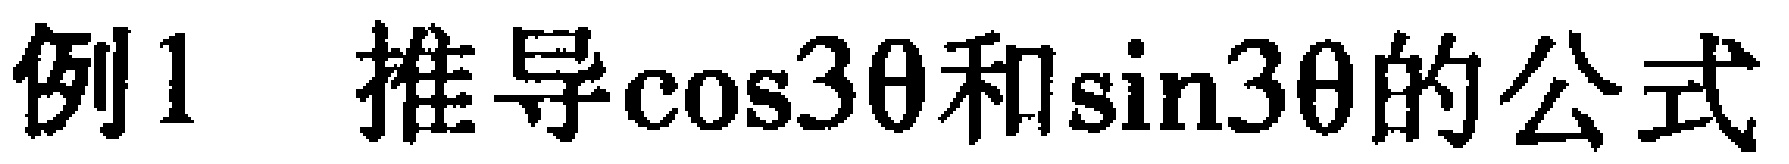
例1 推导\(\cos3\theta\)和\(\sin3\theta\)的公式